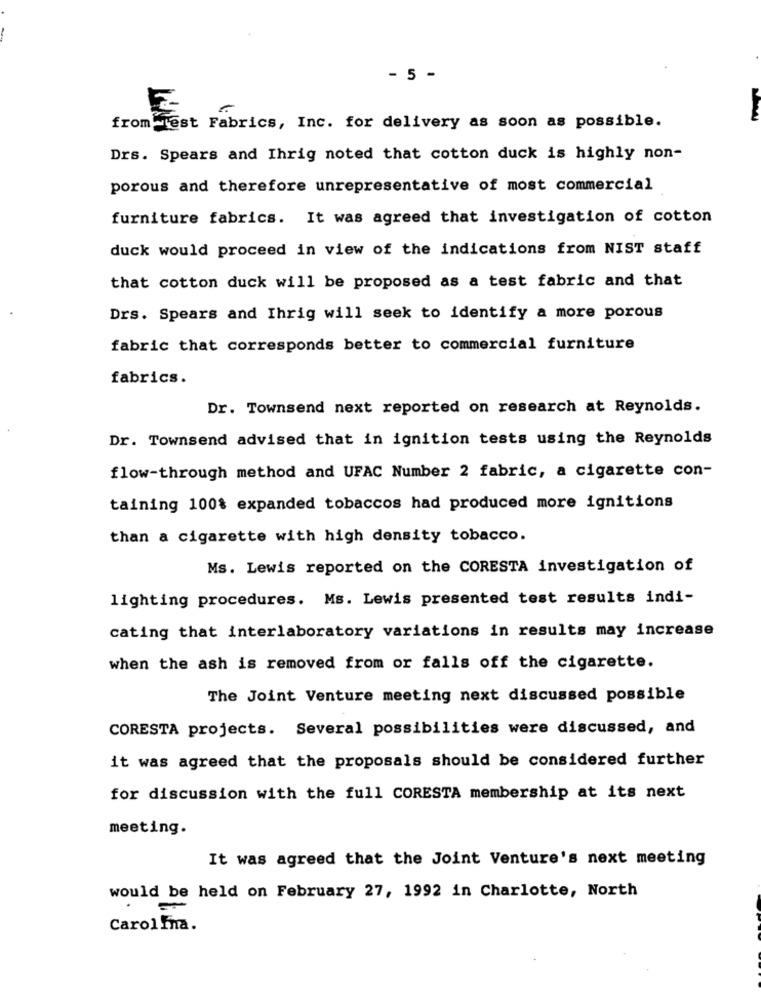
- 5 -
E-
from jest Fabrics, Inc. for delivery as soon as possible.
Drs. Spears and Ihrig noted that cotton duck is highly non-
porous and therefore unrepresentative of most commercial
furniture fabrics. It was agreed that investigation of cotton
duck would proceed in view of the indications from NIST staff
that cotton duck will be proposed as a test fabric and that
Drs. Spears and Ihrig will seek to identify a more porous
fabric that corresponds better to commercial furniture
fabrics.
Dr. Townsend next reported on research at Reynolds.
Dr. Townsend advised that in ignition tests using the Reynolds
flow-through method and UFAC Number 2 fabric, a cigarette con-
taining 100% expanded tobaccos had produced more ignitions
than a cigarette with high density tobacco.
Ms. Lewis reported on the CORESTA investigation of
lighting procedures. Ms. Lewis presented test results indi-
cating that interlaboratory variations in results may increase
when the ash is removed from or falls off the cigarette.
The Joint Venture meeting next discussed possible
CORESTA projects. Several possibilities were discussed, and
it was agreed that the proposals should be considered further
for discussion with the full CORESTA membership at its next
meeting.
It was agreed that the Joint Venture's next meeting
would be held on February 27, 1992 in Charlotte, North
CarolIna.